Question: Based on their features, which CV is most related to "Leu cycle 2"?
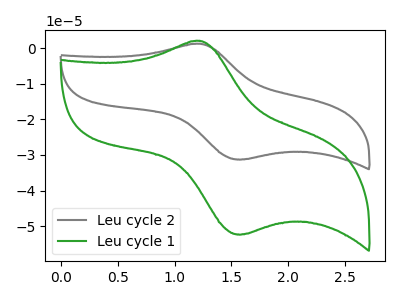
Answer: <think>The gray curve "Leu cycle 2" has an anodic peak at (1.20V, 1.20uA) and a cathodic peak at (1.60V, -31.25uA). The green curve "Leu cycle 1" has an anodic peak at (1.20V, 2.00uA) and a cathodic peak at (1.60V, -52.30uA).
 All the peaks in "Leu cycle 2" have a peak in "Leu cycle 1" at the same potential. Every peak in "Leu cycle 2" is lower than every peak in "Leu cycle 1".</think>
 <answer>The CV with the most similar shape to "Leu cycle 1" is "Leu cycle 2".</answer>
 <eval>"Leu cycle 2"</eval>